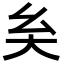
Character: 𡗞